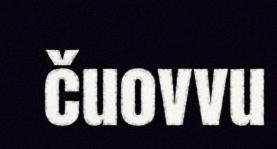
čuovvu